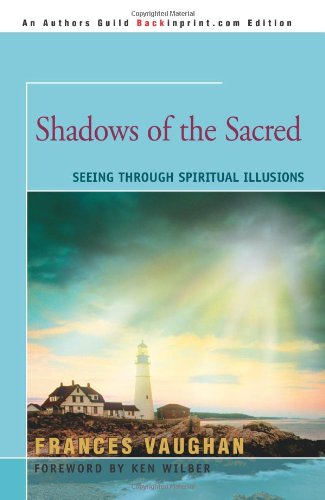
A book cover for Shadows of the Sacred: Seeing Through Spiritual Illusions; Frances Vaughan; Religion & Spirituality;